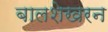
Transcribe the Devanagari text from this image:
बालशेखरन